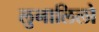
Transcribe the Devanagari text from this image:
लुनालिलो